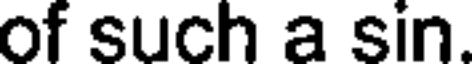
of such a sin.